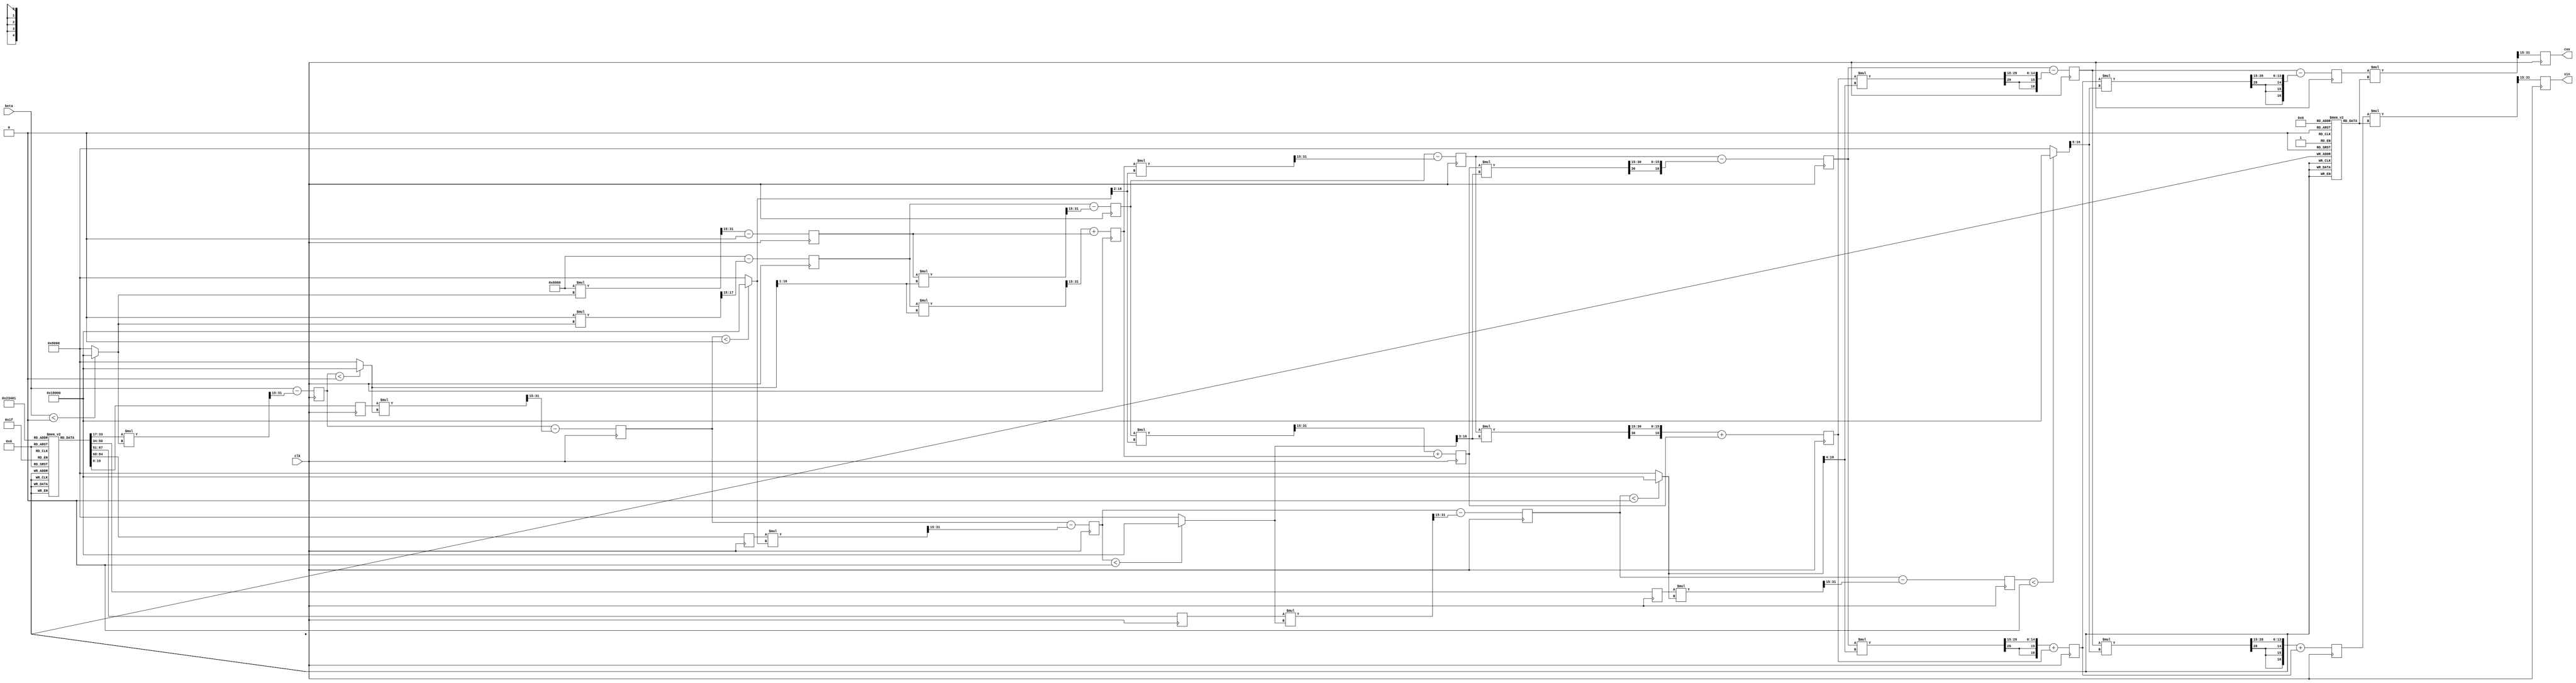
`timescale 1ns/1ps

module cordic #(parameter number_of_iterations = 6) //latency = number of iterations
             (
               input clk,
			   input [16:0] beta,
			   output reg [16:0] sin,
			   output reg [16:0] cos
			 );
			 
	localparam PI_DIV_4 = 17'b00110010010000111;
	localparam ONE = 17'b01_000000000000000;		
	localparam X_INIT = ONE; 
	localparam Y_INIT = 17'b0;     
	wire signed [16:0] di              [number_of_iterations - 1:0];
	wire signed [33:0] mult_resi       [number_of_iterations - 1:0];
	wire signed [16:0] cumulative_tmpi [number_of_iterations - 1:0];
	reg  signed [16:0] anglei          [number_of_iterations - 1:0];
	reg  signed [16:0] betai           [number_of_iterations - 1:0];
	
    wire signed [33:0] x_product_tmp   [number_of_iterations - 1:0];
    wire signed [33:0] y_product_tmp   [number_of_iterations - 1:0];
	
    wire signed [16:0] x_shift_val   [number_of_iterations - 1:0];
    wire signed [16:0] y_shift_val   [number_of_iterations - 1:0];	
	
    wire signed [16:0] x_i_plus_1      [number_of_iterations - 1:0];
    wire signed [16:0] y_i_plus_1      [number_of_iterations - 1:0];
    reg  signed [16:0] x_i_reg         [number_of_iterations - 1:0];
    reg  signed [16:0] y_i_reg         [number_of_iterations - 1:0];
	wire signed [33:0] x_k_product, y_k_product;
	
	reg  signed [16:0] angle_neg1 = PI_DIV_4;
	
	
	genvar g;
	
    reg signed [16:0] angles [15:0];
    initial 
      begin
        angles[ 0] = 17'b00110010010000111;
        angles[ 1] = 17'b00011101101011000;
        angles[ 2] = 17'b00001111101011011;
        angles[ 3] = 17'b00000111111101010;
        angles[ 4] = 17'b00000011111111101;
        angles[ 5] = 17'b00000001111111111;
        angles[ 6] = 17'b00000000111111111;
        angles[ 7] = 17'b00000000011111111;
        angles[ 8] = 17'b00000000001111111;
        angles[ 9] = 17'b00000000000111111;
        angles[10] = 17'b00000000000011111;
        angles[11] = 17'b00000000000001111;
        angles[12] = 17'b00000000000001000;
        angles[13] = 17'b00000000000000100;
        angles[14] = 17'b00000000000000010;
        angles[15] = 17'b00000000000000001;
    end  

    reg signed [16:0] Ki_values [15:0];
    initial 
      begin
        Ki_values[ 0] = 17'b00101101010000010;
        Ki_values[ 1] = 17'b00101000011110100;
        Ki_values[ 2] = 17'b00100111010001001;
        Ki_values[ 3] = 17'b00100110111101110;
        Ki_values[ 4] = 17'b00100110111000111;
        Ki_values[ 5] = 17'b00100110110111101;
        Ki_values[ 6] = 17'b00100110110111011;
        Ki_values[ 7] = 17'b00100110110111010;
        Ki_values[ 8] = 17'b00100110110111010;
        Ki_values[ 9] = 17'b00100110110111010;
        Ki_values[10] = 17'b00100110110111010;
        Ki_values[11] = 17'b00100110110111010;
        Ki_values[12] = 17'b00100110110111010;
        Ki_values[13] = 17'b00100110110111010;
        Ki_values[14] = 17'b00100110110111010;
        Ki_values[15] = 17'b00100110110111010;

    end   	
	
	
	//stage 0 combinatorial
	assign di[0] = (beta < 0) ? 17'b11_000000000000000 : 17'b01_000000000000000;
	assign mult_resi[0] = angles[0] * di[0];
	assign cumulative_tmpi[0] = beta - mult_resi[0][31:15];
	assign x_shift_val[0] = di[0] >>> 0;
	assign y_shift_val[0] = di[0] >>> 0;
	assign x_product_tmp[0] = Y_INIT * x_shift_val[0];
	assign y_product_tmp[0] = X_INIT * y_shift_val[0];	
	assign x_i_plus_1[0] = X_INIT - x_product_tmp[0][31:15];
	assign y_i_plus_1[0] = y_product_tmp[0][31:15] - Y_INIT;
	
	
    always@(posedge clk) begin
	  //stage 0 flip flops
	  betai[0] <= cumulative_tmpi[0];
	  anglei[0] <= angles[1];
	  x_i_reg[0] <= x_i_plus_1[0];
	  y_i_reg[0] <= y_i_plus_1[0];
    end	  

	
	for(g = 1; g < number_of_iterations; g = g + 1) begin
	
	  //stage i combinatorial
	  assign di[g] = (betai[g - 1] < 0) ? 17'b11_000000000000000 : 17'b01_000000000000000;
	  assign mult_resi[g] = anglei[g - 1] * di[g];
	  assign cumulative_tmpi[g] = betai[g - 1] - mult_resi[g][31:15];
	  assign x_shift_val[g] = di[g] >>> g;
	  assign y_shift_val[g] = di[g] >>> g;
	  assign x_product_tmp[g] = y_i_reg[g - 1] * x_shift_val[g];
	  assign y_product_tmp[g] = x_i_reg[g - 1] * y_shift_val[g];	
	  assign x_i_plus_1[g] = x_i_reg[g - 1] - x_product_tmp[g][31:15];
	  assign y_i_plus_1[g] = y_product_tmp[g][31:15] + y_i_reg[g - 1];
	  always@(posedge clk) begin
	    //stage i flip flops
	    betai[g] <= cumulative_tmpi[g];
		anglei[g] <= angles[g + 1];
		x_i_reg[g] <= x_i_plus_1[g];
	    y_i_reg[g] <= y_i_plus_1[g];
	  end
	  
	end

	assign y_k_product = y_i_reg[number_of_iterations - 1] * Ki_values[number_of_iterations];
	assign x_k_product = x_i_reg[number_of_iterations - 1] * Ki_values[number_of_iterations];
	
	always@(posedge clk) begin
	  sin <= y_k_product[31:15];
	  cos <= x_k_product[31:15];
	end
			 
endmodule